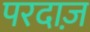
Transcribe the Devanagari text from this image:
परदाज़